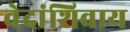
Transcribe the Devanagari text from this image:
वेदांशिवाय